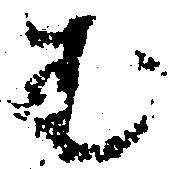
む